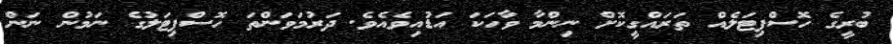
ބުރީގެ ހޮސްޕިޓަލެއް ތަރައްގީކޮށް ނިންމާ ވާހަކަ އަޑުއިވެއެވެ. ދަރުމަވަންތަ ހޮސްޕިޓަލުގެ ނަމުން ނަން